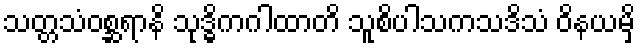
သတ္တသံဝစ္ဆရာနိ သုဒ္ဓိကဂါထာတိ သူစိပါသကသဒိသံ ဝိနယမှိ